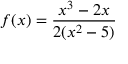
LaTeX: f ( x ) = { \frac { x ^ { 3 } - 2 x } { 2 ( x ^ { 2 } - 5 ) } }